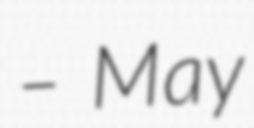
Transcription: – May